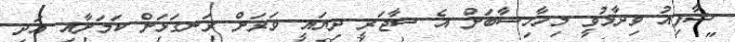
ޝާފިއު ވިދާޅުވީ މިހާހިސާބަށް އެ ސާޖަރީ ދިޔައީ ވަރަށް ރަނގަޅަށް ކަމަށާއި އަދި